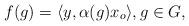
LaTeX: \begin{align*}f(g) = \langle y, \alpha(g)x_o \rangle, g \in G,\end{align*}